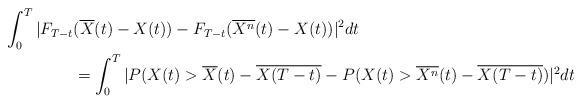
LaTeX: \begin{align*}\int_0^T |F_{T-t}&(\overline{X}(t)-X(t))-F_{T-t}(\overline{X^n}(t)-X(t))|^2 dt\\&=\int_0^T|P( X(t) > \overline{X}(t)- \overline{X(T-t)} - P(X(t)> \overline{X^n}(t)- \overline{X(T-t)})|^2 dt\end{align*}